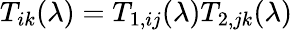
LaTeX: T_{ik}(\lambda)=T_{1,ij}(\lambda)T_{2,jk}(\lambda)